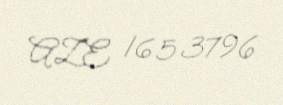
AZE 1653796